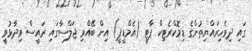
ގައި ދިވެހިރައްޔިތުންގެ ޑިމޮކްރެޓިކް ޕާޓީ (އެމްޑީޕީ) އިން ބޭއްވި ޖަލްސާގައި ރައީސް ވިދާޅުވީ